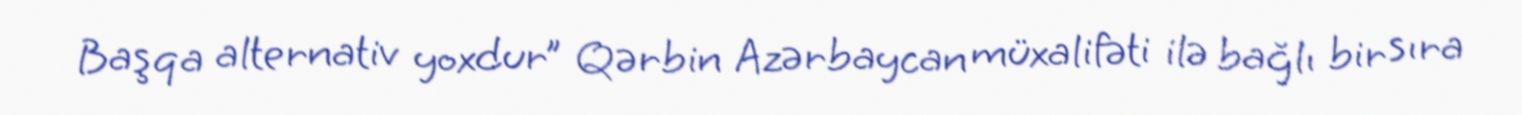
Başqa alternativ yoxdur” Qərbin Azərbaycan müxalifəti ilə bağlı bir sıra